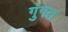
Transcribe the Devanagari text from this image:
गुंगत